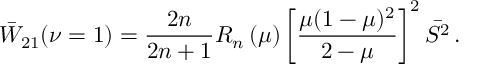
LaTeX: \bar { W } _ { 2 1 } ( \nu = 1 ) = \frac { 2 n } { 2 n + 1 } R _ { n } \left( \mu \right) \left[ \frac { \mu ( 1 - \mu ) ^ { 2 } } { 2 - \mu } \right] ^ { 2 } \bar { S ^ { 2 } } \, .